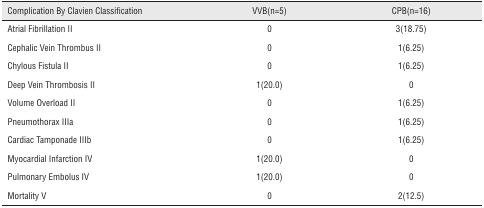
| Complication By Clavien Classification | VVB(n=5) | CPB(n=16) |
 | --- | --- | --- |
 | Atrial Fibrillation II | 0 | 3(18.75) |
 | Cephalic Vein Thrombus II | 0 | 1(6.25) |
 | Chylous Fistula II | 0 | 1(6.25) |
 | Deep Vein Thrombosis II | 1(20.0) | 0 |
 | Volume Overload II | 0 | 1(6.25) |
 | Pneumothorax IIIa | 0 | 1(6.25) |
 | Cardiac Tamponade IIIb | 0 | 1(6.25) |
 | Myocardial Infarction IV | 1(20.0) | 0 |
 | Pulmonary Embolus IV | 1(20.0) | 0 |
 | Mortality V | 0 | 2(12.5) |